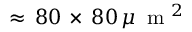
\approx \, 8 0 \, \times \, 8 0 \, \mu \, \mathrm { ~ m ~ } ^ { 2 }